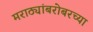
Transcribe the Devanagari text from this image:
मराठ्यांबरोबरच्या